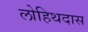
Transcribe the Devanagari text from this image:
लोहिथदास